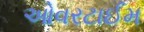
ઓવરટાઈમ